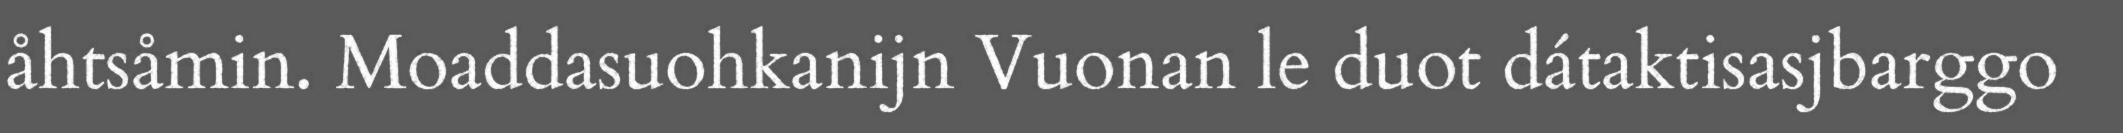
åhtsåmin. Moaddasuohkanijn Vuonan le duot dátaktisasjbarggo